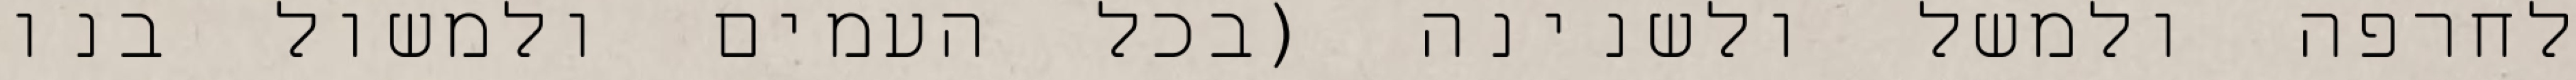
לחרפה ולמשל ולשנינה (בכל העמים ולמשול בנו